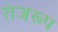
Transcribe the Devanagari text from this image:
तेजरूप